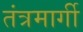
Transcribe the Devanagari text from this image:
तंत्रमार्गी